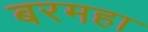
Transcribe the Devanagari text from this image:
बरमहा